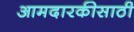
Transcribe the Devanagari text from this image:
आमदारकीसाठी